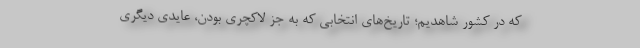
که در کشور شاهدیم؛ تاریخ‌های انتخابی که به جز لاکچری بودن، عایدی دیگری